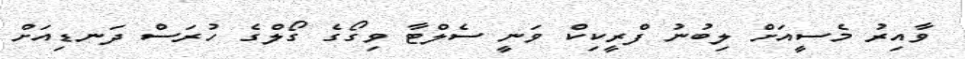
ވާއިރު މެސީއަށް ލިބުނު ފްރީކިކް ވަނީ ސެލްޓާ ވިގޯގެ ގޯލްގެ ހުރަސް ދަނޑިއަށް